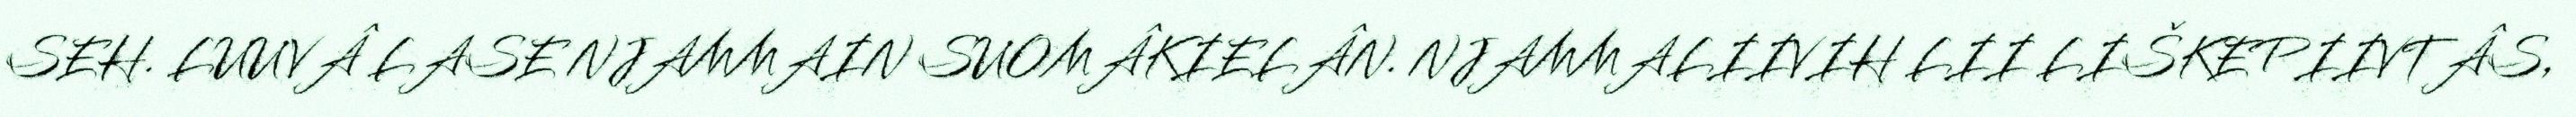
SEH. LUUVÂ LASE NJAMMAIN SUOMÂKIELÂN. NJAMMALIIVIH LII LIŠKEPIIVTÂS,